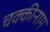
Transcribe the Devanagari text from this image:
चक्कीनाम